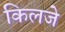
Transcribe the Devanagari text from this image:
किलजे